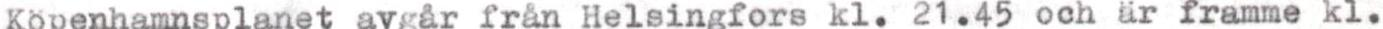
Köpenhamnsplanet avgår från Helsingfors kl. 21.45 och är framme kl.